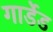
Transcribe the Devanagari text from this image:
गार्डेड